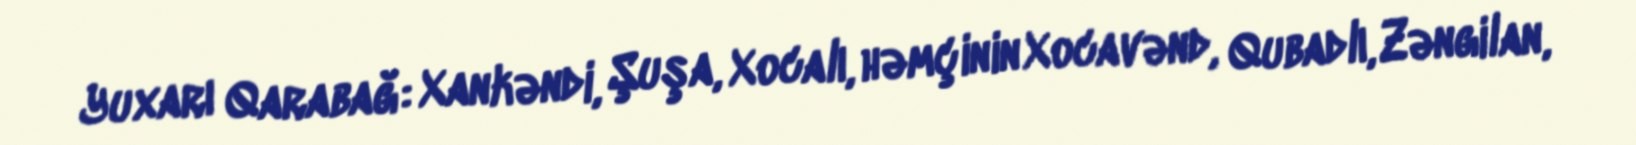
Yuxarı Qarabağ: Xankəndi, Şuşa, Xocalı, həmçinin Xocavənd, Qubadlı, Zəngilan,